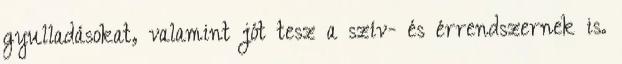
gyulladásokat, valamint jót tesz a szív- és érrendszernek is.